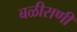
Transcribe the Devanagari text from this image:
बळीराणी